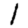
Digit: 1